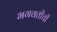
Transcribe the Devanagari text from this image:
भगवतीची